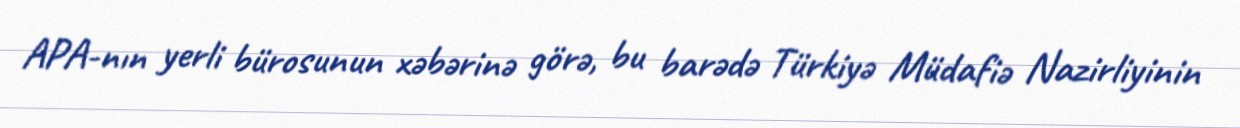
APA-nın yerli bürosunun xəbərinə görə, bu barədə Türkiyə Müdafiə Nazirliyinin